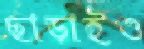
ছাড়াইও